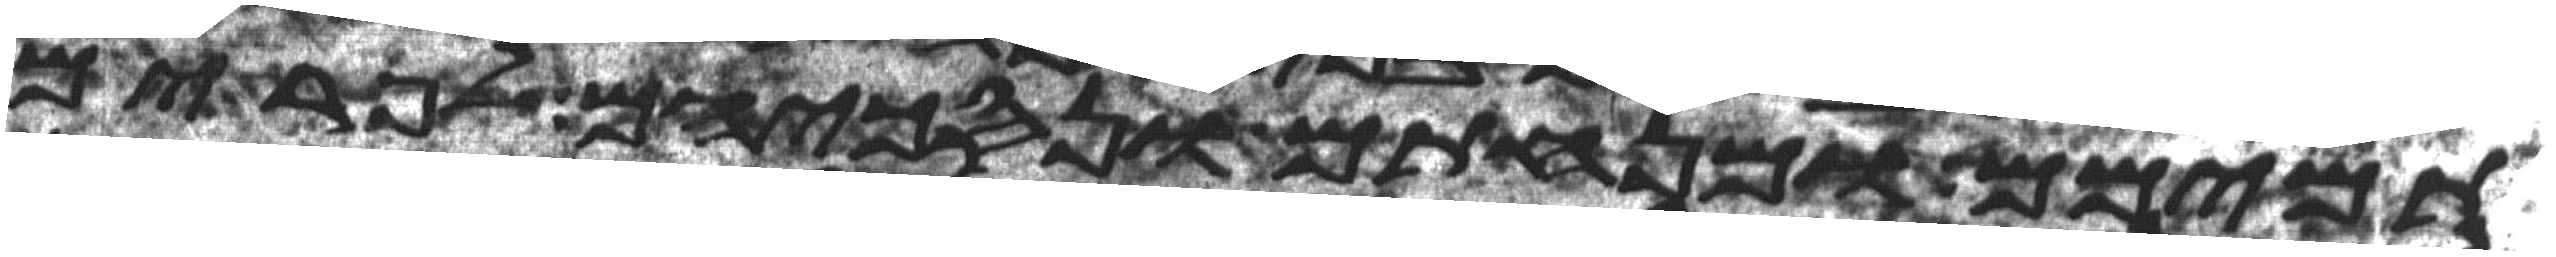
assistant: תמימם ומנחתם ונסכיהם לפרים